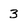
Character: 3